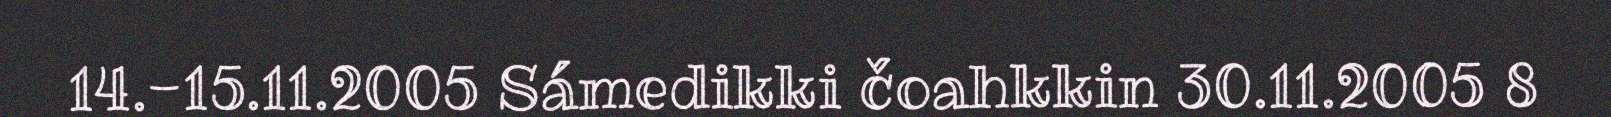
14.-15.11.2005 Sámedikki čoahkkin 30.11.2005 8